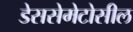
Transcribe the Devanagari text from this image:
डेससेमेटोसील